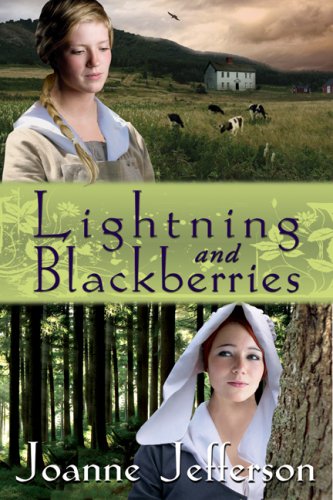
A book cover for Lightning & Blackberries; Joanna Jefferson; Teen & Young Adult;